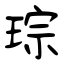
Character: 琮